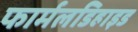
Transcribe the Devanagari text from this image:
फार्मलडिहाइड